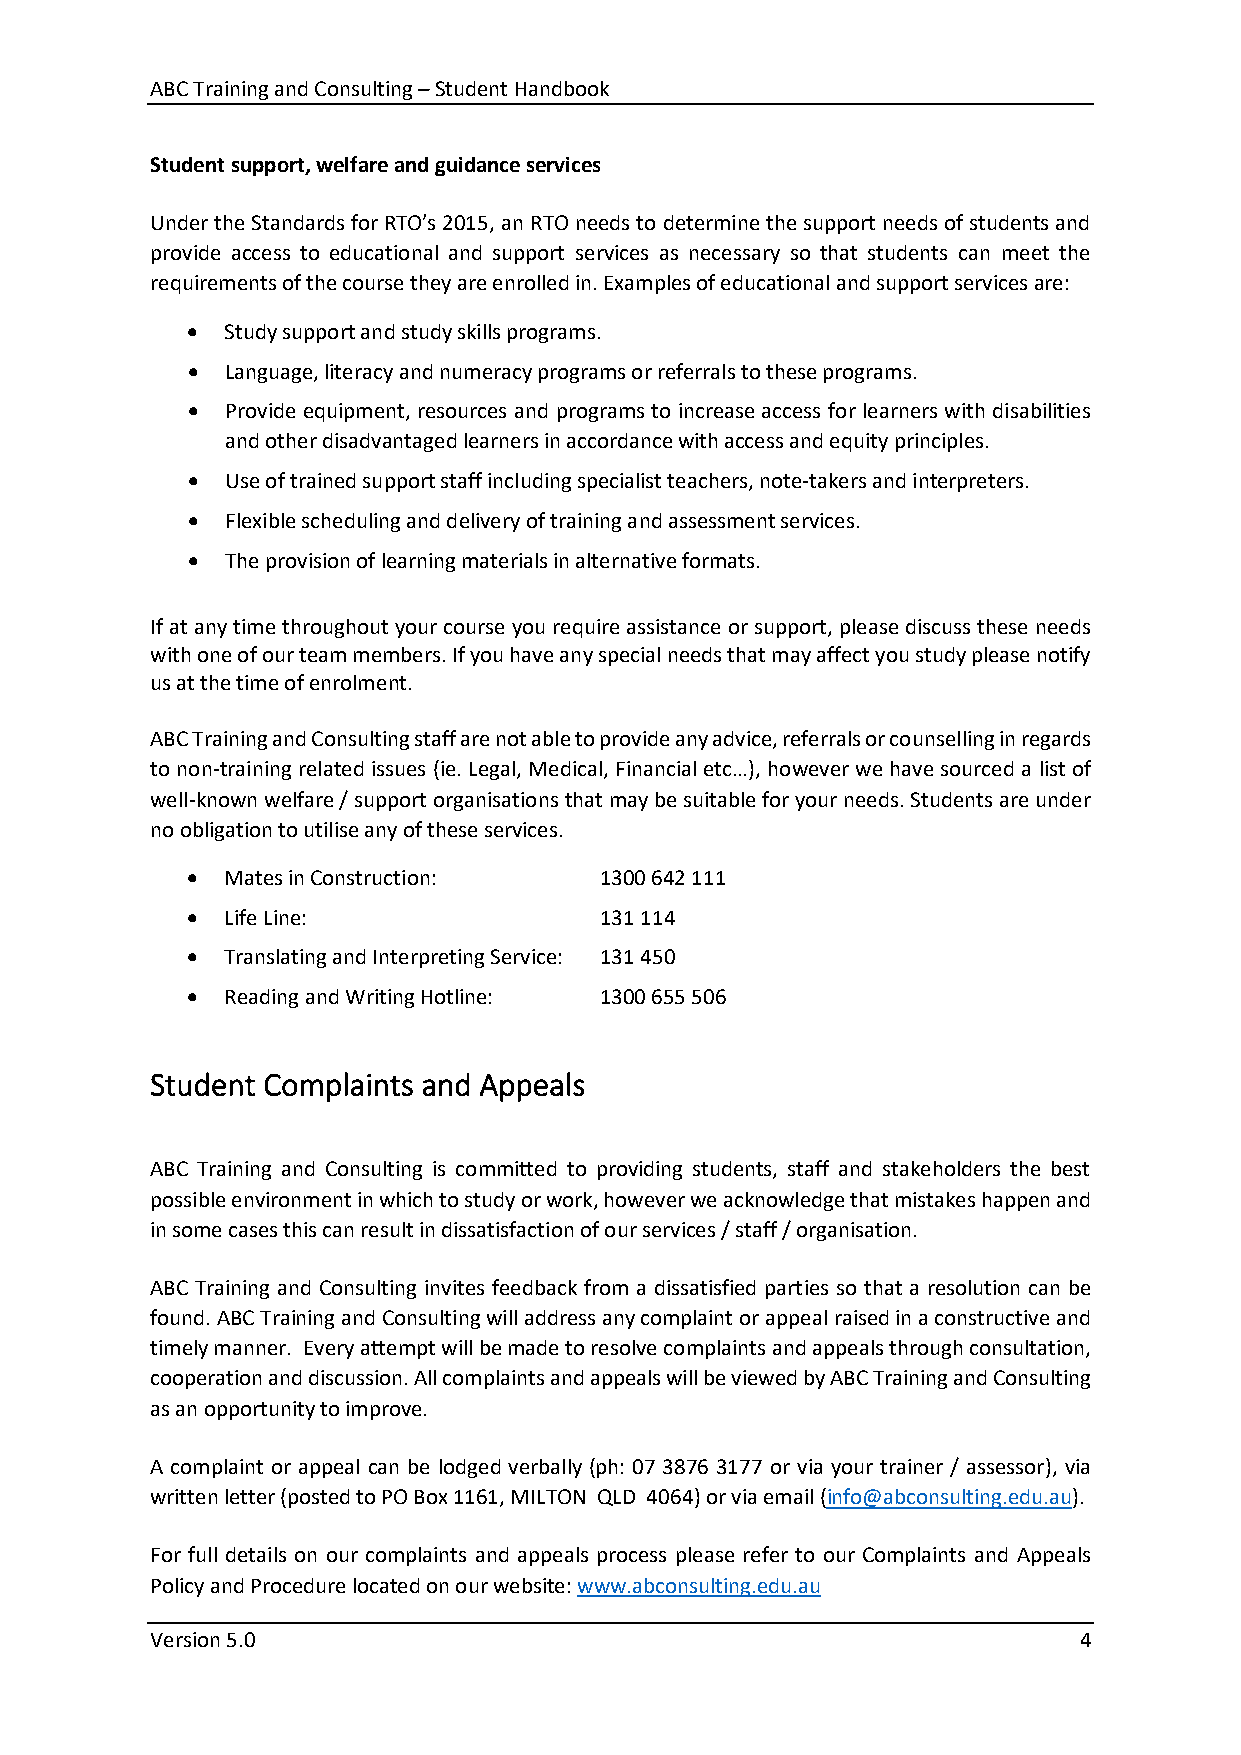
ABC Training and Consulting – Student Handbook
 Student support, welfare and guidance services
 Under the Standards for RTO’s 2015, an RTO needs to determine the support needs of students and
 provide access to educational and support services as necessary so that students can meet the
 requirements of the course they are enrolled in. Examples of educational and support services are:
 •  Study support and study skills programs.
 •  Language, literacy and numeracy programs or referrals to these programs.
 •  Provide equipment, resources and programs to increase access for learners with disabilities
 and other disadvantaged learners in accordance with access and equity principles.
 •  Use of trained support staff including specialist teachers, note-takers and interpreters.
 •  Flexible scheduling and delivery of training and assessment services.
 •  The provision of learning materials in alternative formats.
 If at any time throughout your course you require assistance or support, please discuss these needs
 with one of our team members. If you have any special needs that may affect you study please notify
 us at the time of enrolment.
 ABC Training and Consulting staff are not able to provide any advice, referrals or counselling in regards
 to non-training related issues (ie. Legal, Medical, Financial etc…), however we have sourced a list of
 well-known welfare / support organisations that may be suitable for your needs. Students are under
 no obligation to utilise any of these services.
 •  Mates in Construction:   1300 642 111
 •  Life Line:               131 114
 •  Translating and Interpreting Service: 131 450
 •  Reading and Writing Hotline: 1300 655 506
 Student Complaints and Appeals
 ABC Training and Consulting is committed to providing students, staff and stakeholders the best
 possible environment in which to study or work, however we acknowledge that mistakes happen and
 in some cases this can result in dissatisfaction of our services / staff / organisation.
 ABC Training and Consulting invites feedback from a dissatisfied parties so that a resolution can be
 found. ABC Training and Consulting will address any complaint or appeal raised in a constructive and
 timely manner. Every attempt will be made to resolve complaints and appeals through consultation,
 cooperation and discussion. All complaints and appeals will be viewed by ABC Training and Consulting
 as an opportunity to improve.
 A complaint or appeal can be lodged verbally (ph: 07 3876 3177 or via your trainer / assessor), via
 written letter (posted to PO Box 1161, MILTON QLD 4064) or via email (info@abconsulting.edu.au).
 For full details on our complaints and appeals process please refer to our Complaints and Appeals
 Policy and Procedure located on our website: www.abconsulting.edu.au
 Version 5.0                                                  4